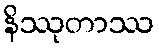
နိဿုတာဿ